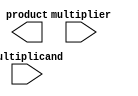
module booth_multiplier(
  input [15:0] multiplicand,
  input [15:0] multiplier,
  output reg [31:0] product
);

reg [15:0] m_reg, p_reg; // multiplier and partial product registers
reg [3:0] count; // counter for shift and add operations
reg [2:0] state; // state variable for control unit
reg [15:0] temp; // temporary variable for calculations
reg sign_extension; // flag for sign extension
reg [31:0] acc; // accumulator for final product

always @ (posedge clk) begin
  case(state)
    3'b000: begin // Initial state: Load multiplier and multiplicand
      m_reg <= multiplier;
      p_reg <= 0;
      count <= 0;
      state <= 3'b001;
    end
    
    3'b001: begin // Shift and add operations based on Booth encoding
      case({m_reg[0], m_reg[15]})
        2'b01: begin // Subtract multiplicand from partial product
          temp = p_reg - multiplicand;
        end
        2'b10: begin // Add multiplicand to partial product
          temp = p_reg + multiplicand;
        end
        default: begin // No operation
          temp = p_reg;
        end
      endcase
      
      // Shift right arithmetic
      p_reg <= {p_reg[14:0], m_reg[0]};
      m_reg <= {m_reg[14:0], m_reg[15]};
      
      // Update counter
      count <= count + 1;
      
      // Update state
      state <= (count == 15) ? 3'b010 : 3'b001;
    end
    
    3'b010: begin // Accumulate final result
      acc <= acc + (sign_extension ? temp[15:0] : temp);
      state <= 3'b000;
    end
  endcase
end

endmodule